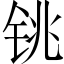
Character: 铫